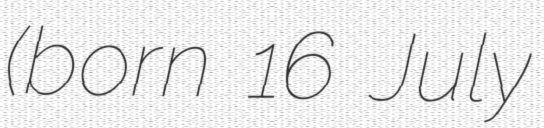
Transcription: (born 16 July